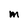
Character: M